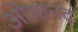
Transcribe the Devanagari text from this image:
ओमानंद